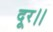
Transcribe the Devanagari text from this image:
दूर।।